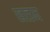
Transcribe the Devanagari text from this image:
खत्डम